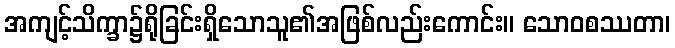
အကျင့်သိက္ခာ၌ရိုခြင်းရှိသောသူ၏အဖြစ်လည်းကောင်း။ သောဝစဿတာ၊